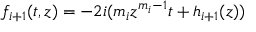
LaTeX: f _ { i + 1 } ( t , z ) = - 2 i ( m _ { i } z ^ { m _ { i } - 1 } t + h _ { i + 1 } ( z ) )